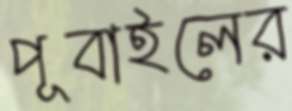
পূবাইলের